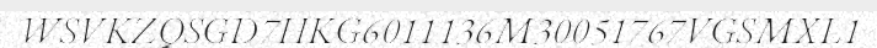
WSVKZQSGD7HKG6011136M30051767VGSMXL1